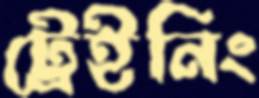
ট্রেইনিং